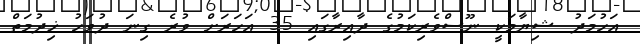
އަހުމަދު ޝިޔާމަކީ ނޫސްވެރިކަމުގެ ދާއިރާގައި 35 އަހަރަށް ވުރެ ގިނަ ދުވަހު ޚިދުމަތް